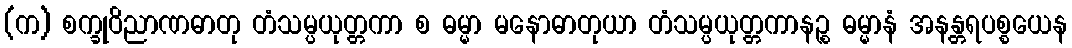
(က) စက္ခုဝိညာဏဓာတု တံသမ္ပယုတ္တကာ စ ဓမ္မာ မနောဓာတုယာ တံသမ္ပယုတ္တကာနဉ္စ ဓမ္မာနံ အနန္တရပစ္စယေန